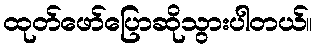
ထုတ်ဖော်ပြောဆိုသွားပါတယ်။